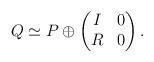
LaTeX: \begin{align*}Q\simeq P\oplus \begin{pmatrix} I& 0 \\ R&0\end{pmatrix}.\end{align*}